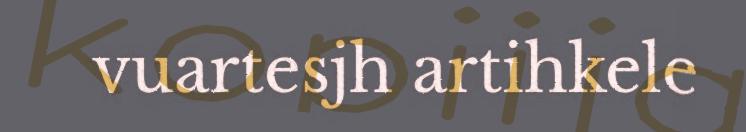
vuartesjh artihkele